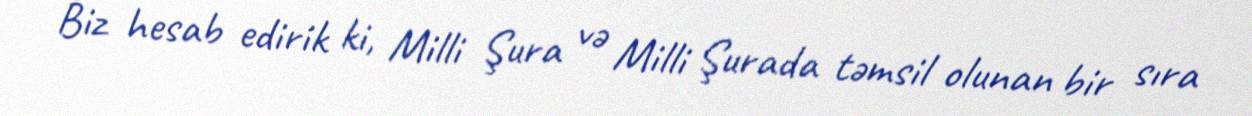
Biz hesab edirik ki, Milli Şura və Milli Şurada təmsil olunan bir sıra